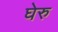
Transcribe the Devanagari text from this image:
घेरु